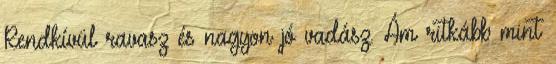
Rendkívül ravasz és nagyon jó vadász. Ám ritkább mint